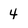
Character: 4